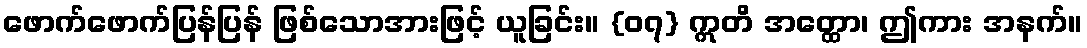
ဖောက်ဖောက်ပြန်ပြန် ဖြစ်သောအားဖြင့် ယူခြင်း။ {၀၇} ဣတိ အတ္ထော၊ ဤကား အနက်။